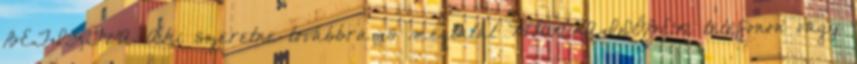
BETILTVA Aki szeretne továbbra is megtalál MUNKAIDŐBEN telefonon vagy